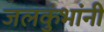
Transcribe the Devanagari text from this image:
जलकुंभांनी